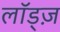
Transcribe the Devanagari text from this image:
लॉड्ज़